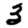
Digit: 3